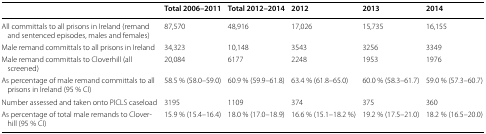
|  | Total 2006–2011 | Total 2012–2014 | 2012 | 2013 | 2014 |
 | --- | --- | --- | --- | --- | --- |
 | All committals to all prisons in Ireland (remand and sentenced episodes, males and females) | 87,570 | 48,916 | 17,026 | 15,735 | 16,155 |
 | Male remand committals to all prisons in Ireland | 34,323 | 10,148 | 3543 | 3256 | 3349 |
 | Male remand committals to Cloverhill (all screened) | 20,084 | 6177 | 2248 | 1953 | 1976 |
 | As percentage of male remand committals to all prisons in Ireland (95 % CI) | 58.5 % (58.0–59.0) | 60.9 % (59.9–61.8) | 63.4 % (61.8–65.0) | 60.0 % (58.3–61.7) | 59.0 % (57.3–60.7) |
 | Number assessed and taken onto PICLS caseload | 3195 | 1109 | 374 | 375 | 360 |
 | As percentage of total male remands to Cloverhill (95 % CI) | 15.9 % (15.4–16.4) | 18.0 % (17.0–18.9) | 16.6 % (15.1–18.2 %) | 19.2 % (17.5–21.0) | 18.2 % (16.5–20.0) |